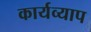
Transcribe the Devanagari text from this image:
कार्यव्याप